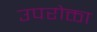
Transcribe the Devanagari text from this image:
उपरोक्ता